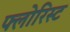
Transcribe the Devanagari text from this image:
फ्लोरिस्ट